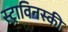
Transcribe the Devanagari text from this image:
स्ट्राविनस्की